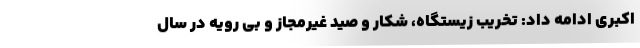
اکبری ادامه داد: تخریب زیستگاه، شکار و صید غیرمجاز و بی رویه در سال